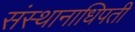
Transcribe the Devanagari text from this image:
संस्थानाधिपती